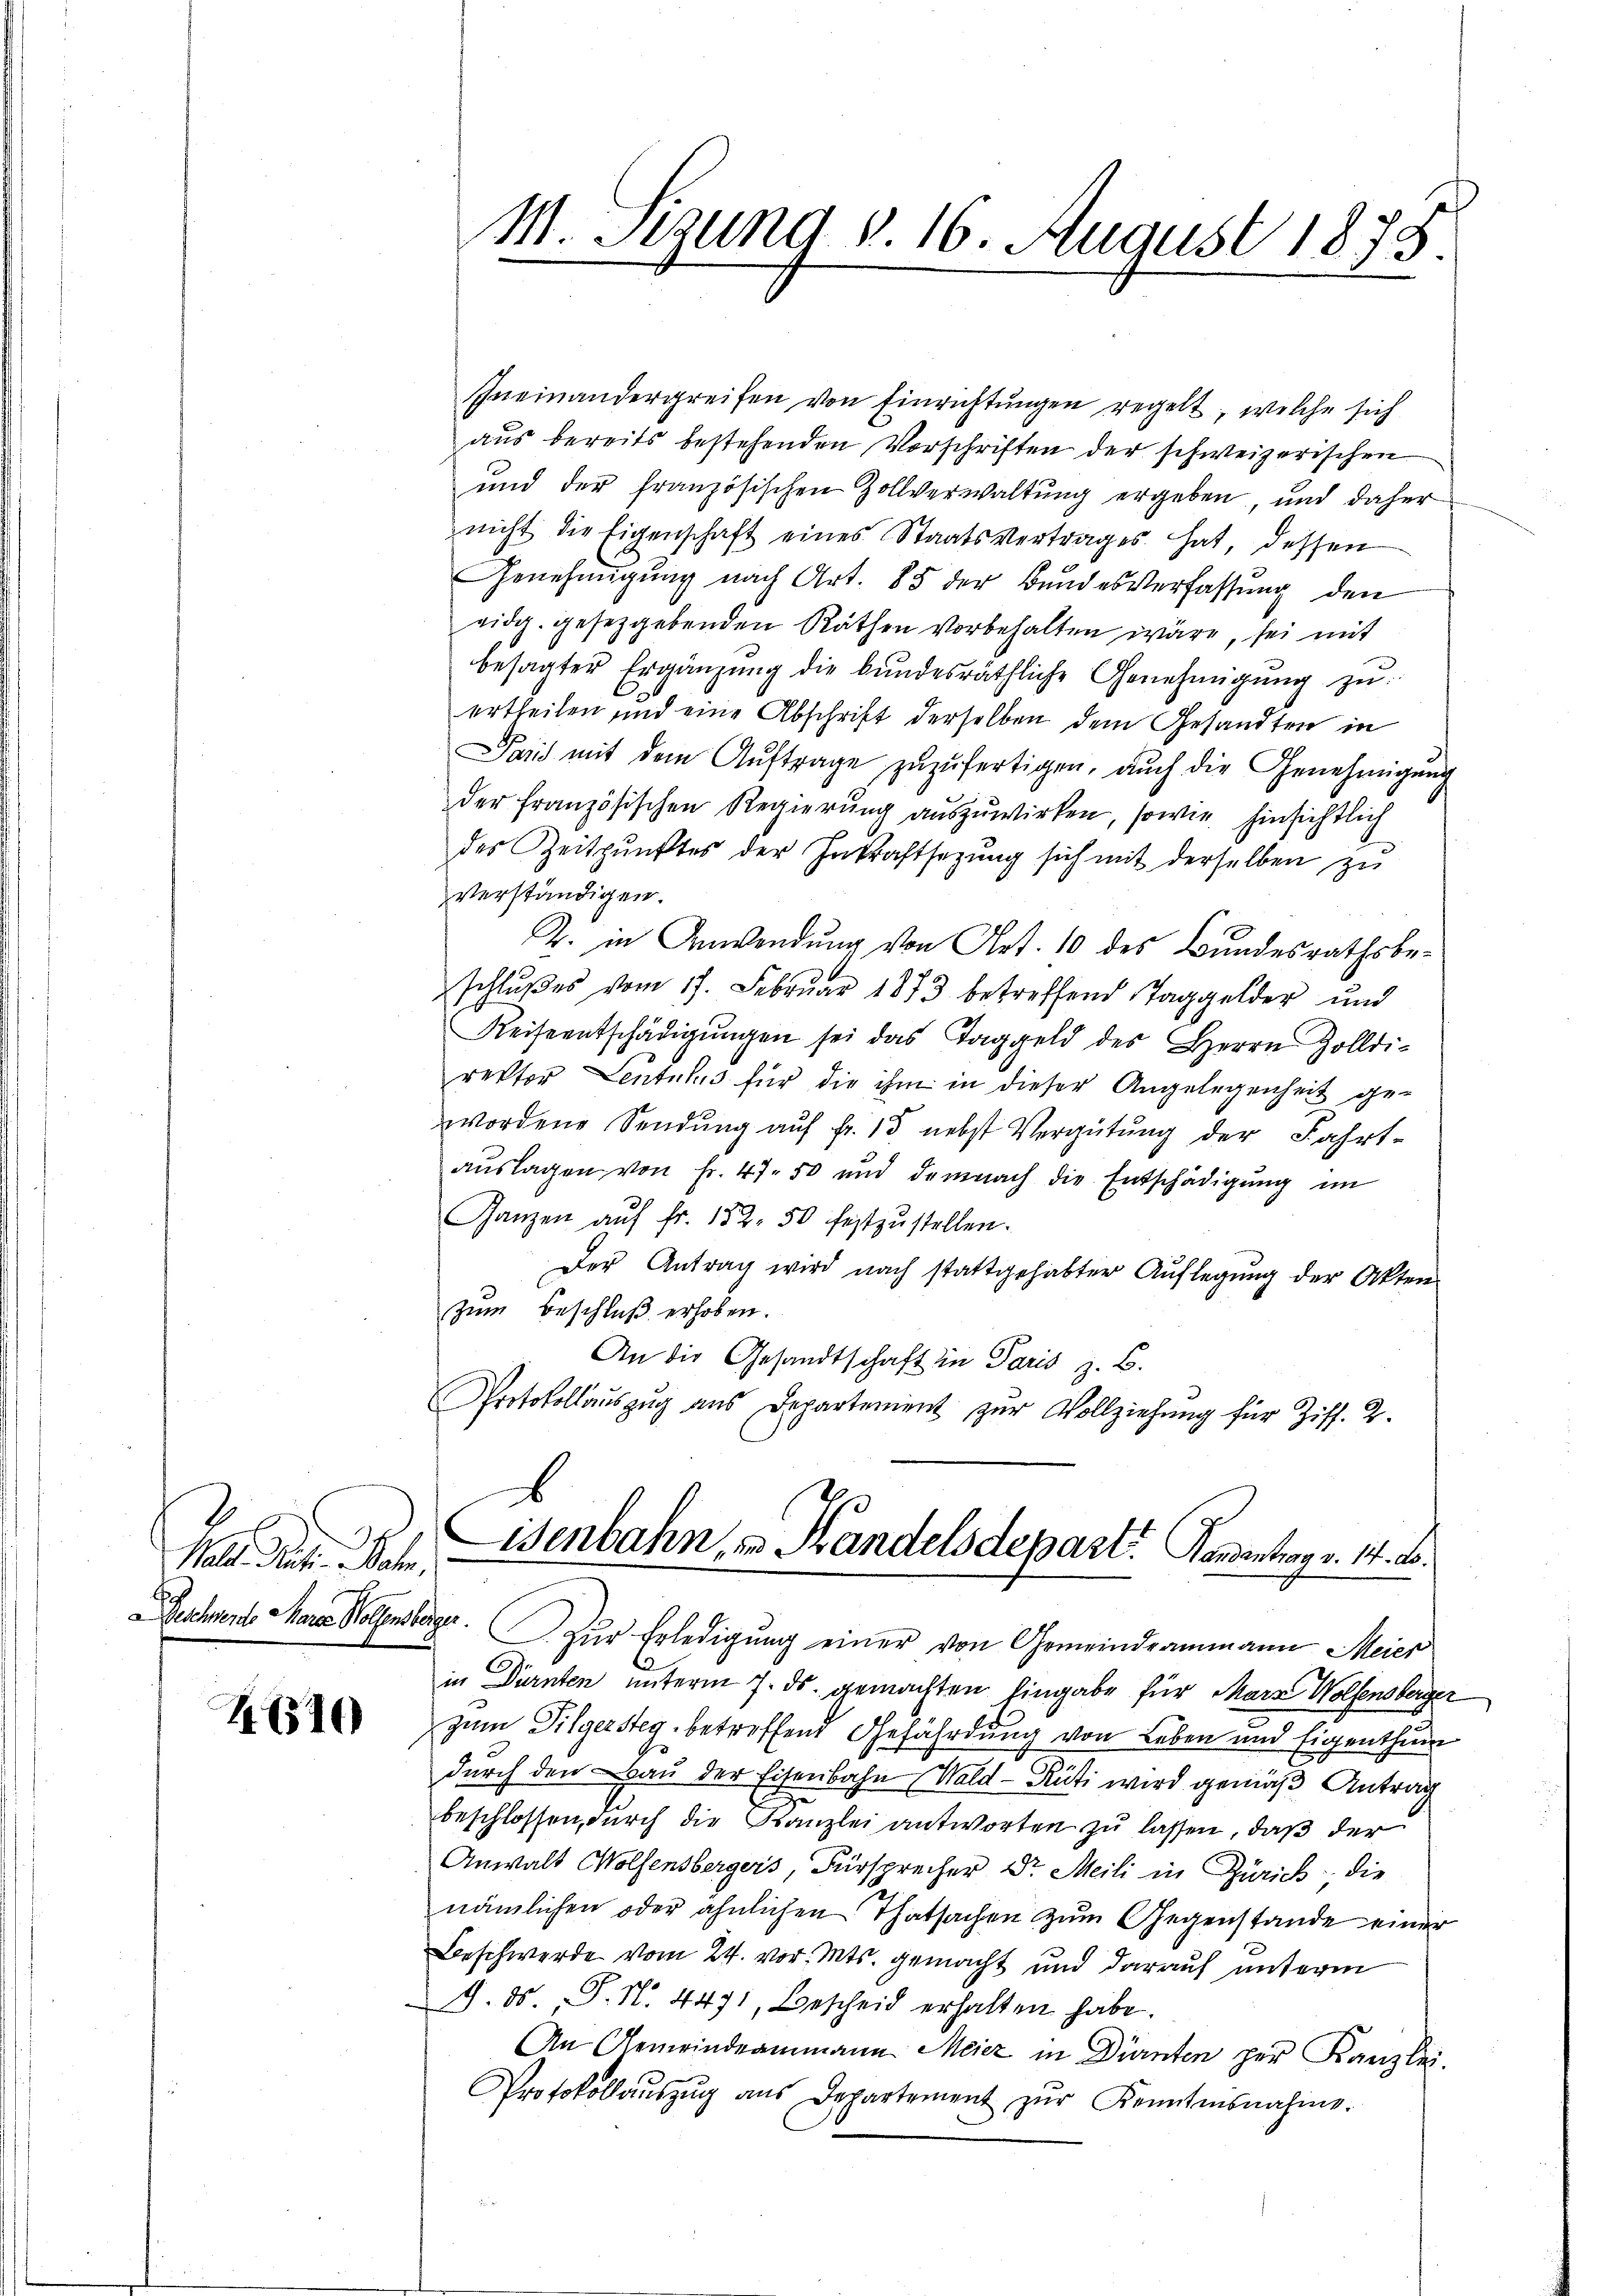
Mald. Rect. Bahn
Deschwende Marie Wolfensberger.

2610

M. Segung § 16. August 1878

Ineinandergreifen von Einrichtungen regelt, welche sich
aus bereits bestehenden Vorschriften der schweizerischen
und der französischen Zollverwaltung ergeben und daher
nicht die Eigenschaft eines Staatsvertrages hat, dessen
Genehmigŭng nach Art. 85 der Bundesverfassung den
eidg. gesetzgebenden Räthen vorbehalten wäre, sei mit
besagter Ergänzŭng die bŭndesräthliche Genehmigŭng zŭ
ertheilen und eine Abschrift derselben dem Gesandten in
Paris mit dem Aŭftrage zŭzŭfertigen, auch die Genehmigŭng
der französischen Regierung auszuwirken, sowie hinsichtlich
des Zeitpunktes der Inkraftsetzung sich mit derselben zu
verständigen.
2. in Anwendung von Art. 10 des Bundesrathsbeschlußes vom 17. Februar 1873 betreffend Taggelder und
Reiseentschädigŭngen sei das Taggeld des Herrn Zolldi-
rektor Leutelis für die ihm in dieser Angelegenheit ge-
wordene Sendung auf fr. 15 nebst Vergütung der Fahrtaŭslagen von fr. 47. 50 und demnach die Entschädigŭng im
Ganzen aŭf fr. 182. 50 festzŭstellen.
Der Antrag wird nach stattgehabter Auflegung der Akten
zum Beschluß erhoben.
An die Gesandtschaft in Paris z. B.
Protokollauszug aus Departement zur Vollziehung für Ziff. 2.

Lisenbahn, in Handelsdepart Handentrag v. 14. d.

Zŭr Erledigŭng einer von Gemeindeammann Meier
in Dürnten unterm 7. ds. gemachten Eingabe für Mara Wolfensberger
zum Gilgersteg betreffend Gefährdung von Leben und Eigenthum
durch den Bau der Eisenbahn Wald–Rüti wird gemäß Antrag
beschlossen, durch die Kanzlei antworten zu lassen, daß der
Anwalt Wolfensbergers, Fürsprecher Dr. Meili in Zürich: die
nämlichen oder ähnlichen Thatsachen zum Gegenstande einer
Beschwerde vom 24. vor. Mts. gemacht und darauf unterm
9. ds. S. N. 4471, Bescheid erhalten habe.
An Gemeindeammann Meier in Dürnten per Kanzlei.
Protokollaŭszŭg ans Departement zŭr Kenntnisnahme.